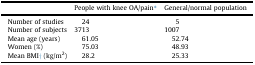
|  | People with knee OA/pain∗ | General/normal population |
 | --- | --- | --- |
 | Number of studies | 24 | 5 |
 | Number of subjects | 3713 | 1007 |
 | Mean age (years) | 61.05 | 52.74 |
 | Women (%) | 75.03 | 48.93 |
 | Mean BMI† (kg/m2) | 28.2 | 25.33 |